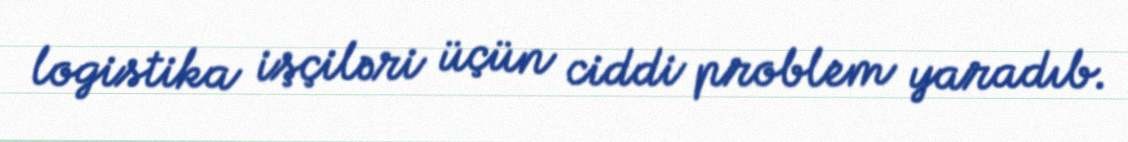
logistika işçiləri üçün ciddi problem yaradıb.